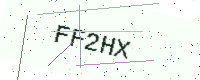
Text: FF2HX